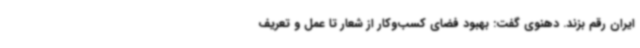
ایران رقم بزند. دهنوی گفت: بهبود فضای کسب‌وکار از شعار تا عمل و تعریف